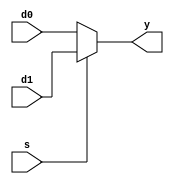
module mx2(d0,d1,s,y);
	input[31:0] d0,d1;
	input s;
	output reg[31:0] y;
	wire[31:0] sb,w0,w1;
	
	always @ (d0, d1, s)
		begin
			if (s == 1'b0) y = d0;
			else if (s == 1'b1) y = d1;
			else y = 32'bxxxx_xxxx_xxxx_xxxx_xxxx_xxxx_xxxx_xxxx;
		end
	
	//assign (~s)&d0 | s&d1
	//= assign ~((~s) nand d0) & (s nand s1))
	//= assign ((~s) nand d0) nand (s nand s1)
endmodule